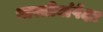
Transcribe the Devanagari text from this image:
भारतीयांपेक्षा